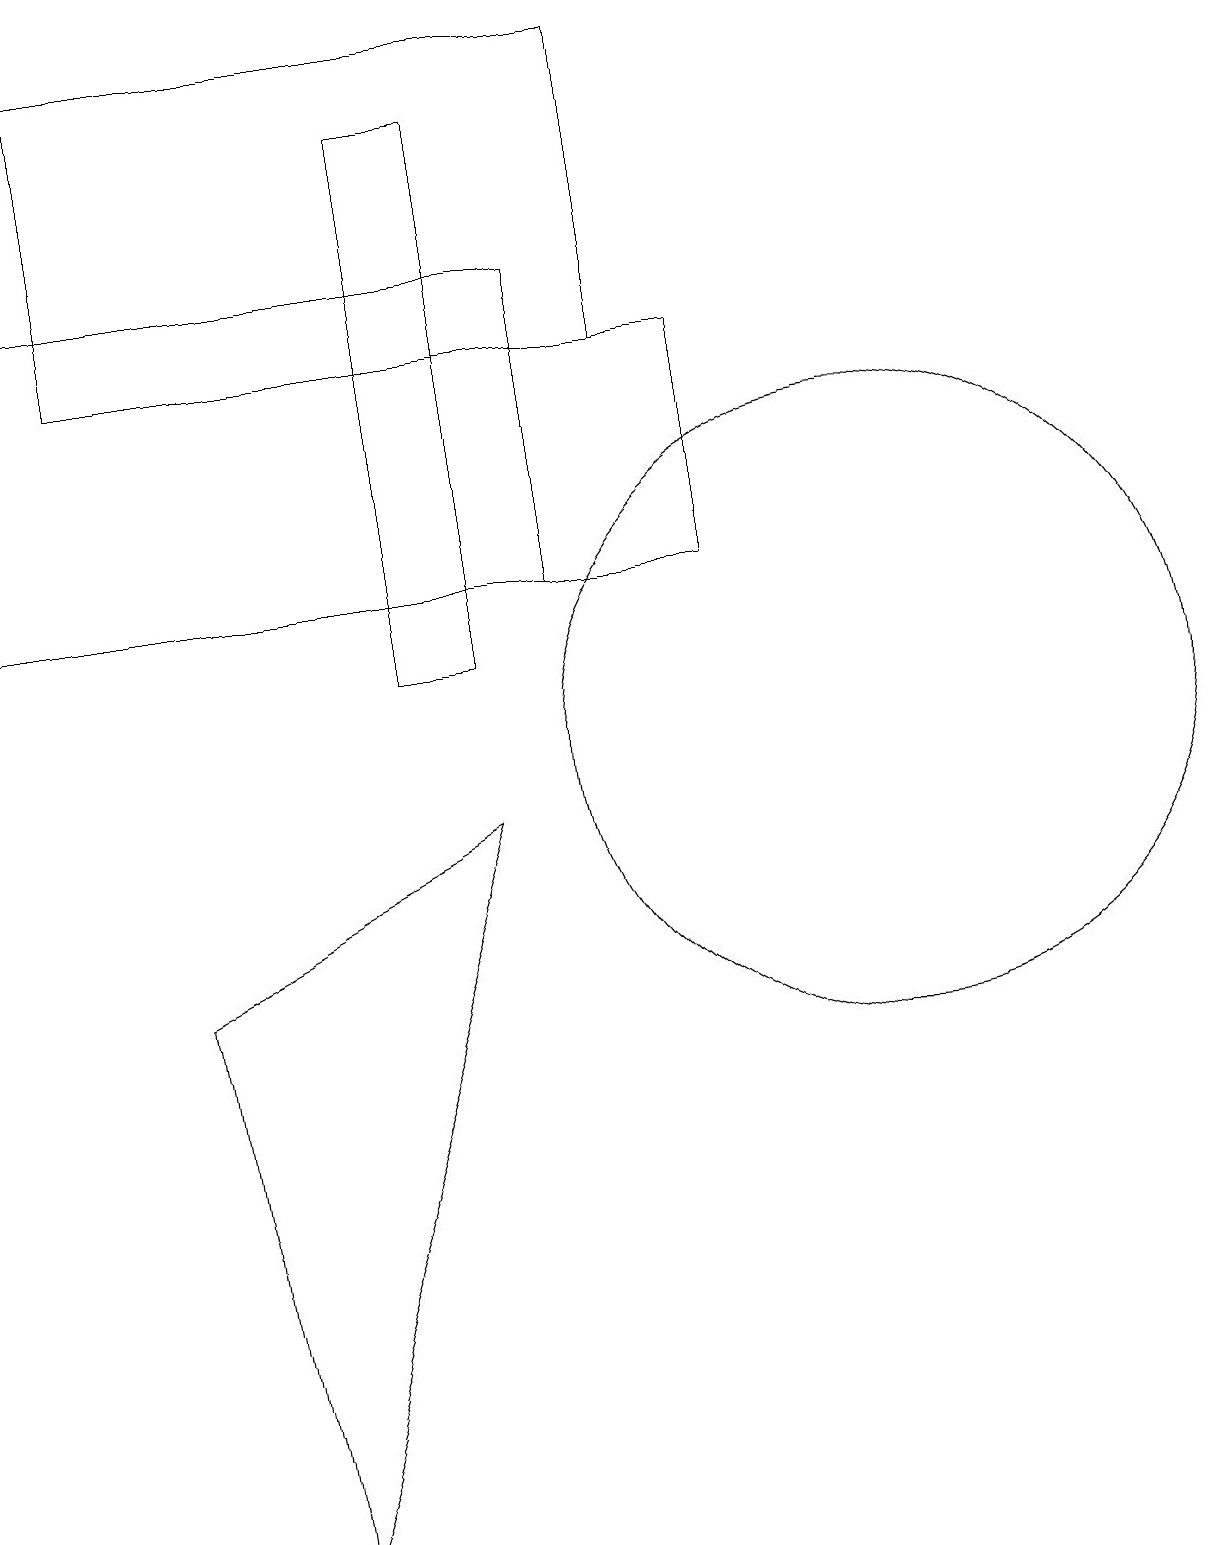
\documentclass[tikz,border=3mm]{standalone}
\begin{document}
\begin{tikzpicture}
\draw (7,16) rectangle (0,12);
\draw (6,18) rectangle (5,11);
\draw (6,9) -- (3,0) -- (2,7) -- cycle;
\draw (11,10) circle (4);
\draw (9,15) rectangle (6,12);
\draw (8,15) rectangle (1,19);
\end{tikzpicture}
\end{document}